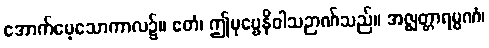
အောက်မေ့သောကာလ၌။ ဧတံ၊ ဤပုဗ္ဗေနိဝါသဉာဏ်သည်။ အဇ္ဈတ္တာရမ္မဏံ၊